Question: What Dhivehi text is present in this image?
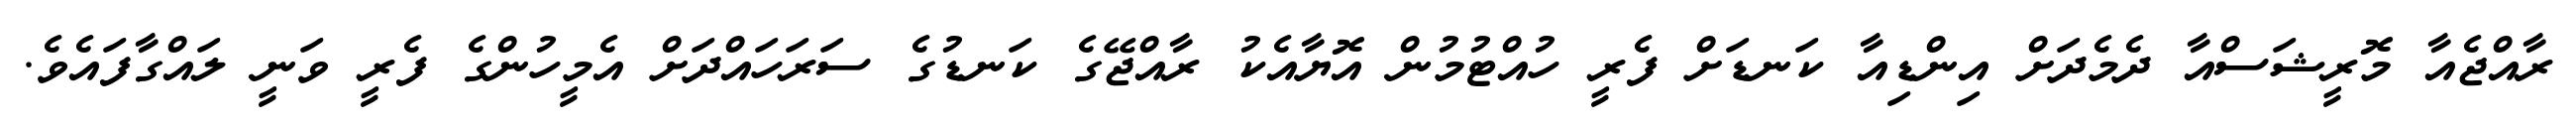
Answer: ރާއްޖެއާ މޮރީޝަސްއާ ދެމެދަށް އިންޑިއާ ކަނޑަށް ފެރީ ހުއްޓުމުން އޮޔާއެކު ރާއްޖޭގެ ކަނޑުގެ ސަރަހައްދަށް އެމީހުންގެ ފެރީ ވަނީ ލައްގާފައެވެ.